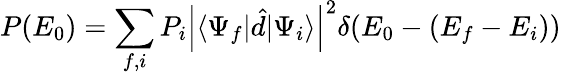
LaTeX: P(E_{0})=\sum_{f,i}P_{i}\left|\langle\Psi_{f}|\hat{d}|\Psi_{i}\rangle\right|^{2}\delta(E_{0}-(E_{f}-E_{i}))